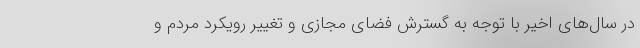
در سال‌های اخیر با توجه به گسترش فضای مجازی و تغییر رویکرد مردم و